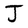
Character: J